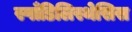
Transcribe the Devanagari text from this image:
स्पाँडिलिस्थेसिस